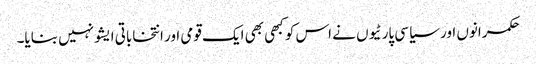
حکمرانوں اور سیاسی پارٹیوں نے اس کو کبھی بھی ایک قومی اور انتخاباتی ایشو نہیں بنایا۔